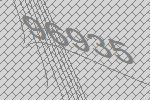
96935